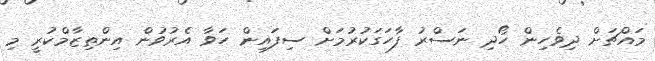
މައްޗަށް ދިވެހިން ހޯދި ނަސްރު ފާހަގަކުރުމަށް ސިފައިން ހަވާ އެރުވުން އިންތިޒާމްކުރީ މި